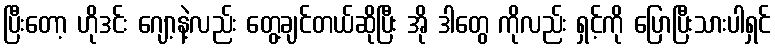
ပြီးတော့ ဟိုဒင်း ဂျော့နဲ့လည်း တွေ့ချင်တယ်ဆိုပြီး အို ဒါတွေ ကိုလည်း ရှင့်ကို ပြောပြီးသားပါရှင်